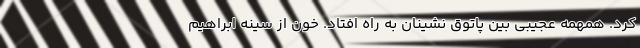
کرد. همهمه عجیبی بین پاتوق نشینان به راه افتاد. خون از سینه ابراهیم